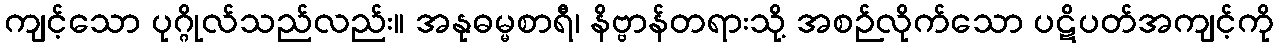
ကျင့်သော ပုဂ္ဂိုလ်သည်လည်း။ အနုဓမ္မစာရီ၊ နိဗ္ဗာန်တရားသို့ အစဉ်လိုက်သော ပဋိပတ်အကျင့်ကို